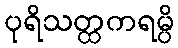
ပုရိသတ္ထကရမ္ပိ